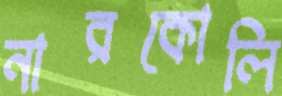
নারকোলি